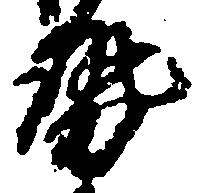
勢